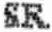
SR.